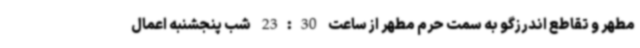
مطهر و تقاطع اندرزگو به سمت حرم مطهر از ساعت 23:30 شب پنجشنبه اعمال